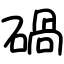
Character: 碢